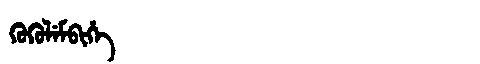
Manchu: ᡴᡠᡴᡠᠯᡝᠮᠪᡳᡥᡝ
Romanization: KUKULEMBIHE